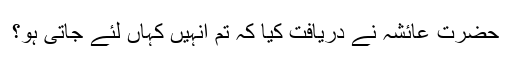
حضرت عائشہؓ نے دریافت کیا کہ تم انہیں کہاں لئے جاتی ہو؟